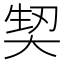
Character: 𭑕